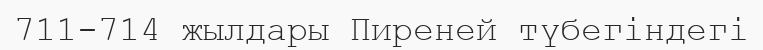
711-714 жылдары Пиреней түбегіндегі